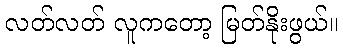
လတ်လတ် လူကတော့ မြတ်နိုးဖွယ်။